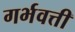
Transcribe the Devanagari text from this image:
गर्भवत्ती